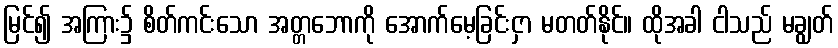
မြင်၍ အကြား၌ စိတ်ကင်းသော အတ္တဘောကို အောက်မေ့ခြင်းငှာ မတတ်နိုင်။ ထိုအခါ ငါသည် မချွတ်